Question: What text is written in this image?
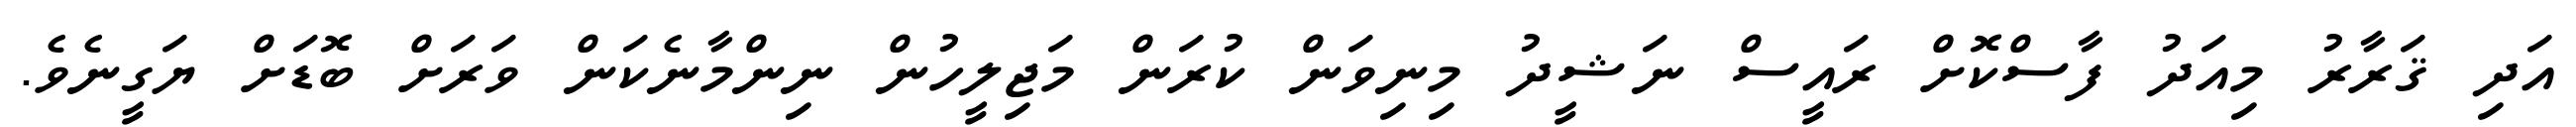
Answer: އަދި ޤަރާރު މިއަދު ފާސްކޮށް ރައީސް ނަޝީދު މިނިވަން ކުރަން މަޖިލީހުން ނިންމާނެކަން ވަރަށް ބޮޑަށް ޔަގީނެވެ.